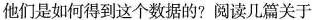
他们是如何得到这个数据的?阅读几篇关于